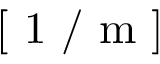
\mathrm { ~ [ ~ 1 ~ / ~ m ~ ] ~ }